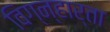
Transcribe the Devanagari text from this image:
विग्न्हार्ता